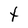
Character: t